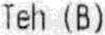
TEH (B)